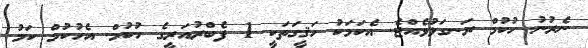
ނެރުނު ހުކުމް ރަނގަޅުވެއްޖެ. އެކަމަކު ހަޤީގަތަކީ 1 ފެބްރުއަރީގެ ހުކުމް. އެހުކުމް ކަމު